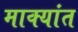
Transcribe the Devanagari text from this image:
माक्यांत